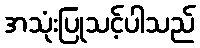
အသုံးပြုသင့်ပါသည်